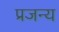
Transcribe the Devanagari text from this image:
प्रजन्य